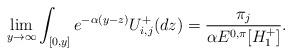
LaTeX: \begin{align*}\lim_{y\to\infty}\int_{[0,y]} e^{-\alpha(y -z)}{U}^+_{i,j}(dz) = \frac{\pi_j}{\alpha E^{0,\pi}[H^+_1]}.\end{align*}